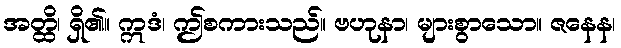
အတ္ထိ၊ ရှိ၏။ ဣဒံ၊ ဤစကားသည်။ ဗဟုနာ၊ များစွာသော။ ဇနေန၊